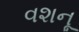
વશનૂ